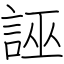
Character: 誣